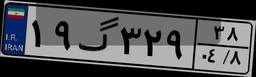
۱۹گ۳۲۹۳۸